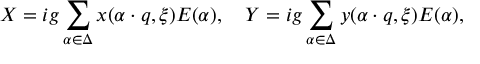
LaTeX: X = i g \sum _ { \alpha \in \Delta } x ( \alpha \cdot q , \xi ) E ( \alpha ) , \quad Y = i g \sum _ { \alpha \in \Delta } y ( \alpha \cdot q , \xi ) E ( \alpha ) ,